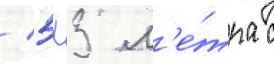
/ 5х3 м'е́тра с